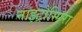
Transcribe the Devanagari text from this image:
नाइट्रोस्पिरा